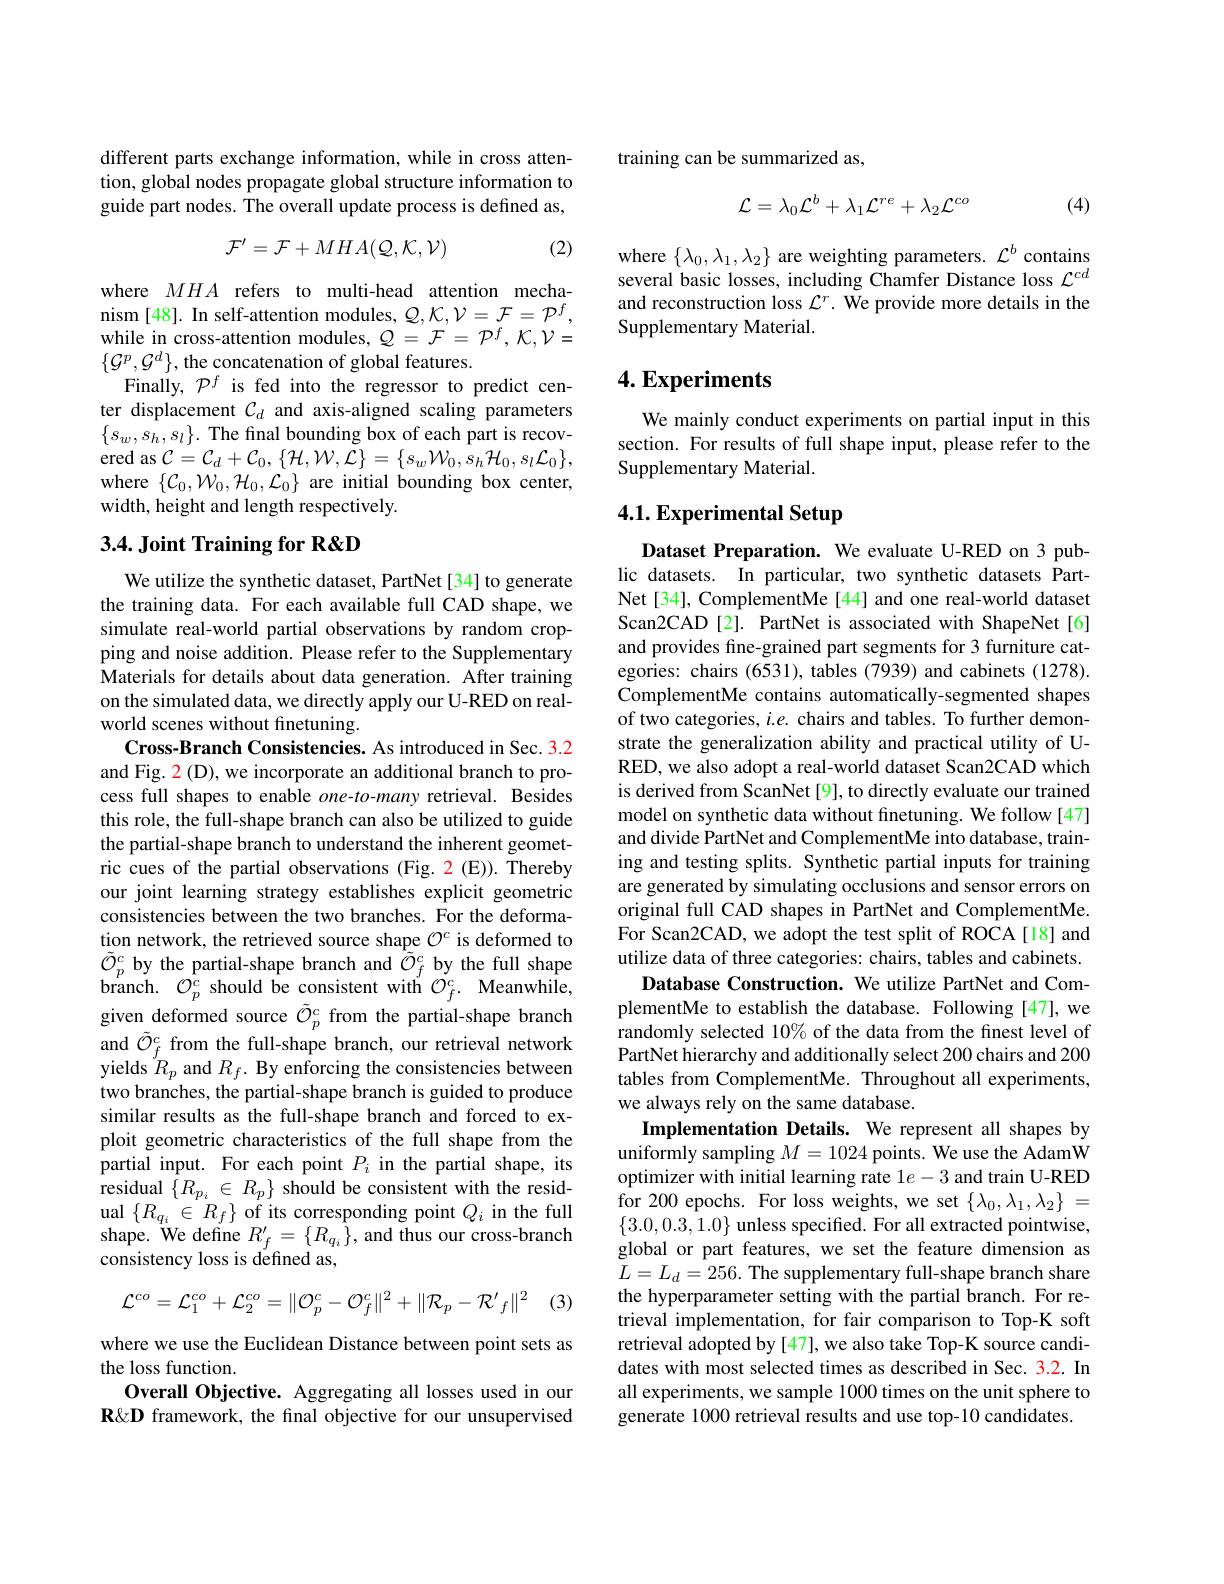
different parts exchange information, while in cross attention, global nodes propagate global structure information to guide part nodes. The overall update process is defined as,
$$\mathcal{F}^{\prime}=\mathcal{F}+MHA(\mathcal{Q},\mathcal{K},\mathcal{V})$$
(2)

where $MHA$ refers to multi-head attention mechanism [48]. In self-attention modules, $Q,\mathcal{K},\mathcal{V}=\mathcal{F}=\mathcal{P}^f$, while in cross-attention modules, $Q=\mathcal{F}=\mathcal{P}^f,\mathcal{K},\mathcal{V}=$ $\{\mathcal{G}^p,\mathcal{G}^d\}$, the concatenation of global features.
Finally, $\mathcal{P}^f$ is fed into the regressor to predict center displacement $\mathcal{C}_d$ and axis-aligned scaling parameters $\{s_w,s_h,s_l\}.$ The final bounding box of each part is recovered as $\mathcal{C}=\mathcal{C}_{d}+\mathcal{C}_{0},\{\mathcal{H},\mathcal{W},\dot{\mathcal{L}}\}=\{s_{w}\mathcal{W}_{0},s_{h}\mathcal{H}_{0},s_{l}\mathcal{L}_{0}\}$, where $\{\mathcal{C}_0,\mathcal{W}_0,\mathcal{H}_0,\mathcal{L}_0\}$ are initial bounding box center, width, height and length respectively.

## $3. 4. \textbf{Joint Training for R}\&$D

We utilize the synthetic dataset, PartNet[34] to generate the training data. For each available full CAD shape, we simulate real-world partial observations by random cropping and noise addition. Please refer to the Supplementary Materials for details about data generation. After training on the simulated data, we directly apply our U-RED on realworld scenes without finetuning.
Cross-Branch Consistencies. As introduced in Sec. 3.2 and Fig. 2 (D), we incorporate an additional branch to process full shapes to enable $one-to-many$ retrieval. Besides this role, the full-shape branch can also be utilized to guide the partial-shape branch to understand the inherent geometric cues of the partial observations (Fig. 2(E)).Thereby our joint learning strategy establishes explicit geometric consistencies between the two branches. For the deformation network, the retrieved source shape $\mathcal{O}^c$ is deformed to $\tilde{\mathcal{O}}_{p}^{c}$ by the partial-shape branch and $\tilde{\tilde{\mathcal{O}}}_{f}^{c}$ by the full shape branch.${\mathcal{O}}_{p}^{c}{\mathrm{~should~be~consistent~with~}}{\mathcal{O}}_{f}^{c}.{\mathrm{~Meanwhile,}}$ given deformed source $\tilde{\mathcal{O}}_p^c$ from the partial-shape branch and $\tilde{\mathcal{O}}_f^c$ from the full-shape branch, our retrieval network yields $R_p$ and $R_f.$ By enforcing the consistencies between two branches, the partial-shape branch is guided to produce similar results as the full-shape branch and forced to exploit geometric characteristics of the full shape from the partial input. For each point $P_i$ in the partial shape, its residual $\{R_{p_i}\in R_p\}$ should be consistent with the residual $\{R_{q_{i}}\in R_{f}\}$ of its corresponding point $Q_i$ in the full shape. We define $R_f^{\prime}=\{R_{q_i}\}$, and thus our cross-branch consistency loss is defined as,

: (3)
$$\mathcal{L}^{co}=\mathcal{L}_{1}^{co}+\mathcal{L}_{2}^{co}=\|\mathcal{O}_{p}^{c}-\mathcal{O}_{f}^{c}\|^{2}+\|\mathcal{R}_{p}-\mathcal{R}^{\prime}_{f}\|^{2}$$
where we use the Euclidean Distance between point sets as
the loss function.
Overall Objective. Aggregating all losses used in our R&D framework, the fnal objective for our unsupervised

training can be summarized as,

(4)
$$\mathcal{L}=\lambda_{0}\mathcal{L}^{b}+\lambda_{1}\mathcal{L}^{re}+\lambda_{2}\mathcal{L}^{co}$$
where $\{\lambda_0,\lambda_1,\lambda_2\}$ are weighting parameters. $\mathcal{L}^b$ contains several basic losses, including Chamfer Distance loss $\mathcal{L}^cd$ and reconstruction loss $\mathcal{L} ^r.$ We provide more details in the Supplementary Material.

## $4. \textbf{Experiments}$

We mainly conduct experiments on partial input in this section. For results of full shape input, please refer to the Supplementary Material.

## 4.1. Experimental Setup

Dataset Preparation. We evaluate U-RED on 3 public datasets. In particular, two synthetic datasets PartNet[34], ComplementMe[44] and one real-world dataset Scan2CAD [2]. PartNet is associated with ShapeNet[6] and provides fine-grained part segments for 3 furniture categories: chairs (6531), tables (7939) and cabinets (1278). ComplementMe contains automatically-segmented shapes of two categories, $i.e.$ chairs and tables. To further demonstrate the generalization ability and practical utility of URED, we also adopt a real-world dataset Scan2CAD which is derived from ScanNet [9], to directly evaluate our trained model on synthetic data without finetuning. We follow [47] and divide PartNet and ComplementMe into database, training and testing splits. Synthetic partial inputs for training are generated by simulating occlusions and sensor errors on original full CAD shapes in PartNet and ComplementMe. For Scan2CAD, we adopt the test split of ROCA[18] and utilize data of three categories: chairs, tables and cabinets.
Database Construction. We utilize PartNet and ComplementMe to establish the database. Following [47], we randomly selected 10% of the data from the fnest level of PartNet hierarchy and additionally select 200 chairs and 200 tables from ComplementMe. Throughout all experiments, we always rely on the same database.
Implementation Details. We represent all shapes by uniformly sampling $M=1024$ points. We use the AdamW optimizer with initial learning rate $1e-3$ and train U-RED for 200 epochs. For loss weights, we set $\{\lambda_0,\lambda_1,\lambda_2\}=$ $\{3.0,0.3,1.0\}$ unless specified. For all extracted pointwise, global or part features, we set the feature dimension as $L=L_d=256.$ The supplementary full-shape branch share the hyperparameter setting with the partial branch. For retrieval implementation, for fair comparison to Top-K soft retrieval adopted by[47], we also take Top-K source candidates with most selected times as described in Sec. 3.2. In all experiments, we sample 1000 times on the unit sphere to generate 1000 retrieval results and use top-10 candidates.